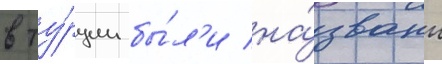
в ту́рции бы́л'и на́званы